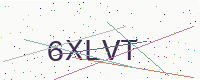
Text: 6XLVT